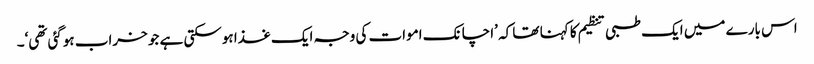
اس بارے میں ایک طبی تنظیم کا کہنا تھا کہ ’اچانک اموات کی وجہ ایک غذا ہوسکتی ہے جو خراب ہوگئی تھی‘۔